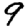
Digit: 9